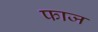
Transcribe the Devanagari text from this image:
फाज